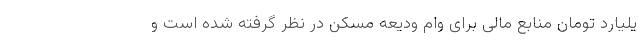
یلیارد تومان منابع مالی برای وام ودیعه مسکن در نظر گرفته شده است و